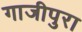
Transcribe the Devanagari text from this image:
गाजीपुरा